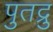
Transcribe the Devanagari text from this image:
पुतद्रु